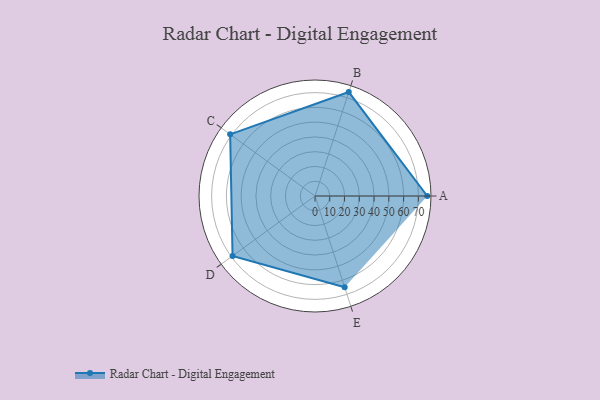
{"axis": {"x": "Skill", "y": "Score"}, "legend": ["Profile"], "data": [{"x": "A", "y": 76.0, "type": "Profile"}, {"x": "B", "y": 74.0, "type": "Profile"}, {"x": "C", "y": 71.0, "type": "Profile"}, {"x": "D", "y": 69.0, "type": "Profile"}, {"x": "E", "y": 65.0, "type": "Profile"}]}